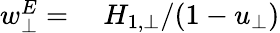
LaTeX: \begin{array}{rl}{w_{\bot}^{E}=}&{{}\ H_{1,\bot}/(1-u_{\bot})}\end{array}